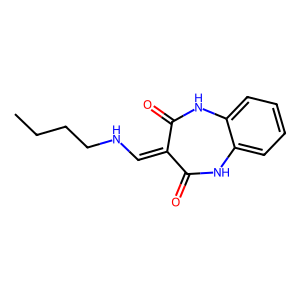
SMILES: CCCCNC=C1C(=O)Nc2ccccc2NC1=O
Inhibits HIV replication: No